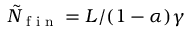
\tilde { N } _ { \textnormal { f i n } } = L / ( 1 - \alpha ) \gamma